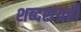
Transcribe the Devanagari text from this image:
शब्दसंग्रही